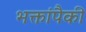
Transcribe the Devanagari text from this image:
भक्तांपैकी